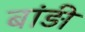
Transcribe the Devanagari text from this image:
बांड़ी